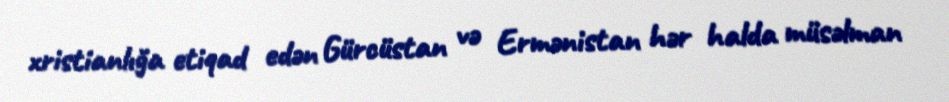
xristianlığa etiqad edən Gürcüstan və Ermənistan hər halda müsəlman